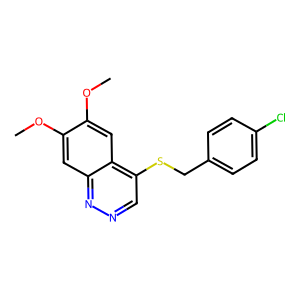
SMILES: COc1cc2nncc(SCc3ccc(Cl)cc3)c2cc1OC
Inhibits HIV replication: No